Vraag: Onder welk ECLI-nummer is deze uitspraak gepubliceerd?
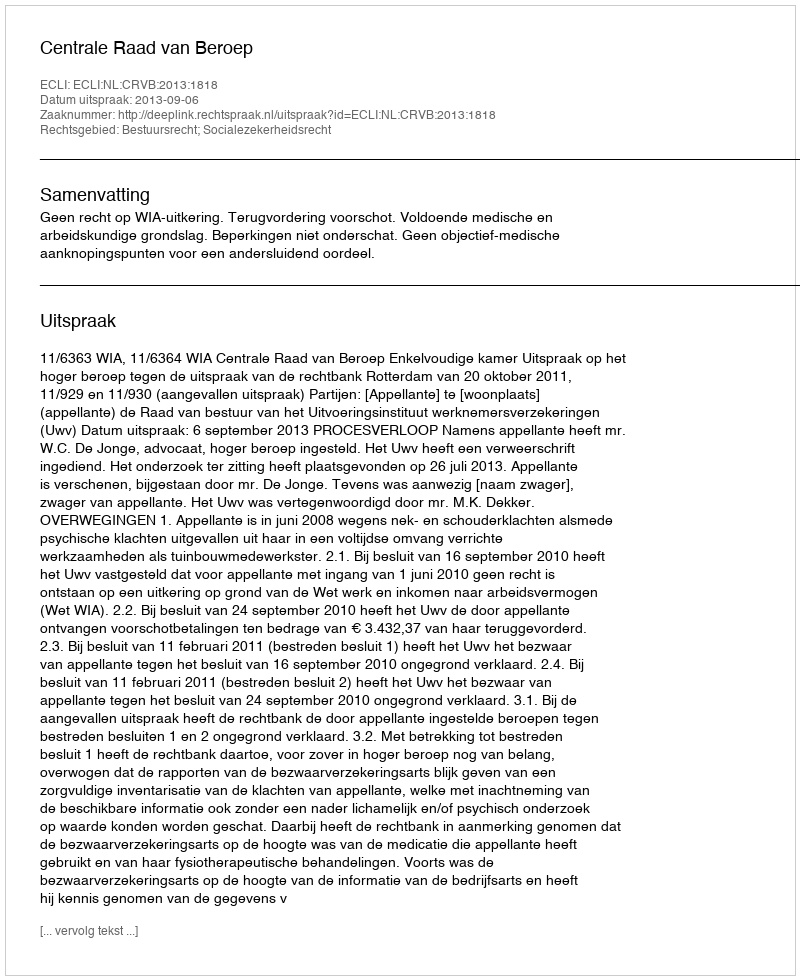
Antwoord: ECLI:NL:CRVB:2013:1818